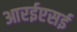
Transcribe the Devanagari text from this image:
आरईएसई